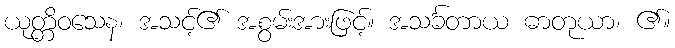
ယုတ္တိဝသေန၊ အသင့်၏ အစွမ်းအားဖြင့်။ အသင်္ခတာယ ဓာတုယာ၊ ၏။